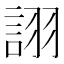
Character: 詡